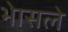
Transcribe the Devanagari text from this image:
भेासले